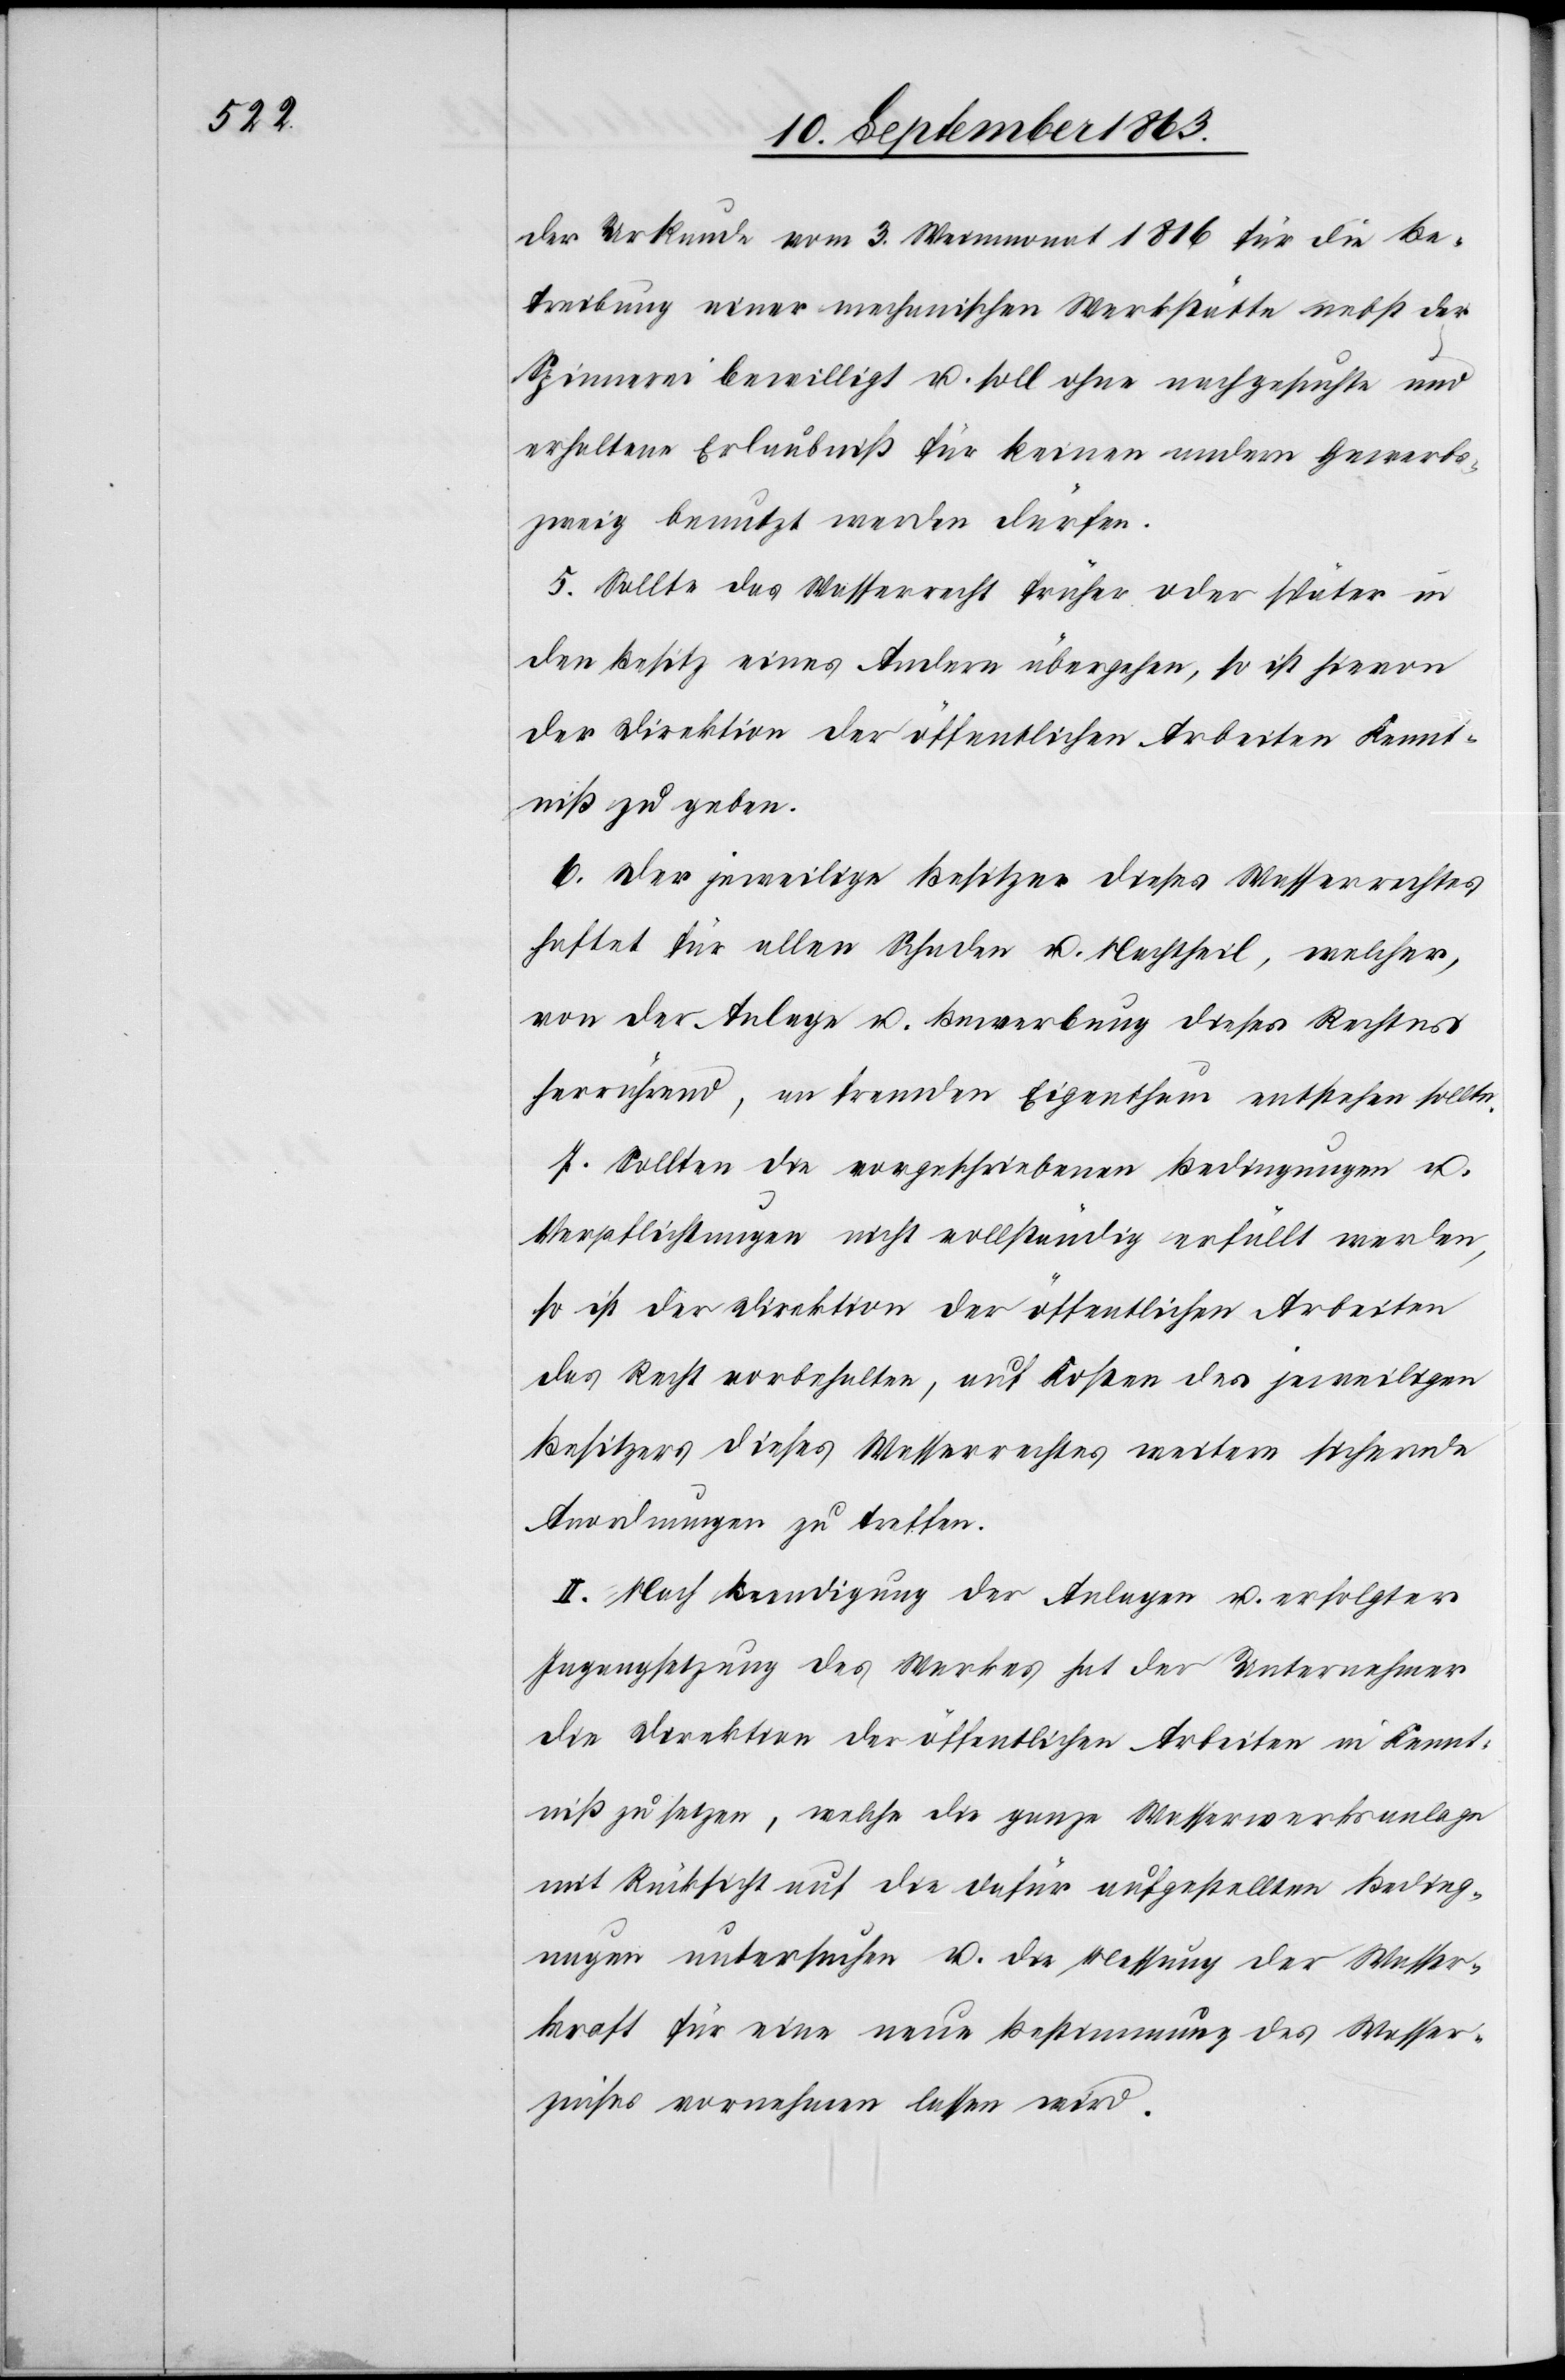
der Urkunde vom 3. Weinmonat 1816 für die Be¬
treibung einer mechanischen Werkstätte nebst der
Spinnerei bewilligt u. soll ohne nachgesuchte und
erhaltene Erlaubniß für keinen andern Gewerbs¬
zweig benutzt werden dürfen.
5. Sollte das Wasserrecht früher oder später in
den Besitz eines Andern übergehen, so ist hievon
der Direktion der öffentlichen Arbeiten Kennt¬
niß zu geben.
6. Der jeweilige Besitzer dieses Wasserrechtes
haftet für allen Schaden u. Nachtheil, welcher,
von der Anlage u. Bewerbung dieses Rechtes
herrührend, an fremden Eigenthum entstehen sollte.
7. Sollten die vorgeschriebenen Bedingungen u.
Verpflichtungen nicht vollständig erfüllt werden,
so ist der Direktion der öffentlichen Arbeiten
das Recht vorbehalten, auf Kosten des jeweiligen
Besitzers dieses Wasserrechtes weitere sichernde
Anordnungen zu treffen.
II. Nach Beendigung der Anlagen u. erfolgter
Ingangsetzung des Werkes hat der Unternehmer
die Direktion der öffentlichen Arbeiten in Kennt¬
niß zu setzen, welche die ganze Wasserwerksanlage
mit Rücksicht auf die dafür aufgestellten Beding¬
ungen untersuchen u. die Messung der Wasser¬
kraft für eine neue Bestimmung des Wasser¬
zinses vornehmen lassen wird.